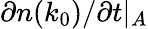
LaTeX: \partial n(k_{0})/\partial t\rvert_{A}